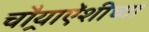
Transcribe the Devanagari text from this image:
चौर्‍याऐंशीच्या